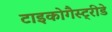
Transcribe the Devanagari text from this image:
टाइकोगैस्ट्रीडे